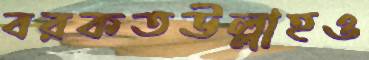
বরকতউল্লাহও